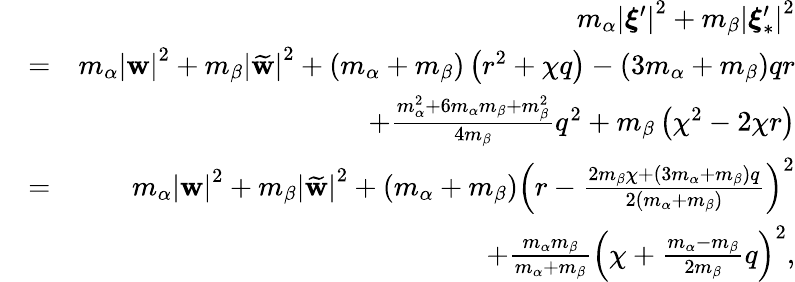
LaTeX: \begin{array}{rlr}&{}&{m_{\alpha}\left\vert\boldsymbol{\xi}^{\prime}\right\vert^{2}+m_{\beta}\left\vert\boldsymbol{\xi}_{\ast}^{\prime}\right\vert^{2}}\\ &{=}&{m_{\alpha}\left\vert\mathbf{w}\right\vert^{2}+m_{\beta}\left\vert\widetilde{\mathbf{w}}\right\vert^{2}+\left(m_{\alpha}+m_{\beta}\right)\left(r^{2}+\chi q\right)-\left(3m_{\alpha}+m_{\beta}\right)qr}\\ &{}&{+\frac{m_{\alpha}^{2}+6m_{\alpha}m_{\beta}+m_{\beta}^{2}}{4m_{\beta}}q^{2}+m_{\beta}\left(\chi^{2}-2\chi r\right)}\\ &{=}&{m_{\alpha}\left\vert\mathbf{w}\right\vert^{2}+m_{\beta}\left\vert\widetilde{\mathbf{w}}\right\vert^{2}+\left(m_{\alpha}+m_{\beta}\right)\left(r-\frac{2m_{\beta}\chi+\left(3m_{\alpha}+m_{\beta}\right)q}{2\left(m_{\alpha}+m_{\beta}\right)}\right)^{2}}\\ &{}&{+\frac{m_{\alpha}m_{\beta}}{m_{\alpha}+m_{\beta}}\left(\chi+\frac{m_{\alpha}-m_{\beta}}{2m_{\beta}}q\right)^{2}\mathrm{,}}\end{array}